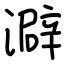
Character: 澼